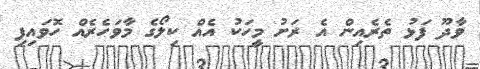
ވާދޫ ފަޅު ތެރެއިން އެ ރަށު މީހަކު އެއް ކިލޯގެ މާވަހެރެއް ހޮވައިފި